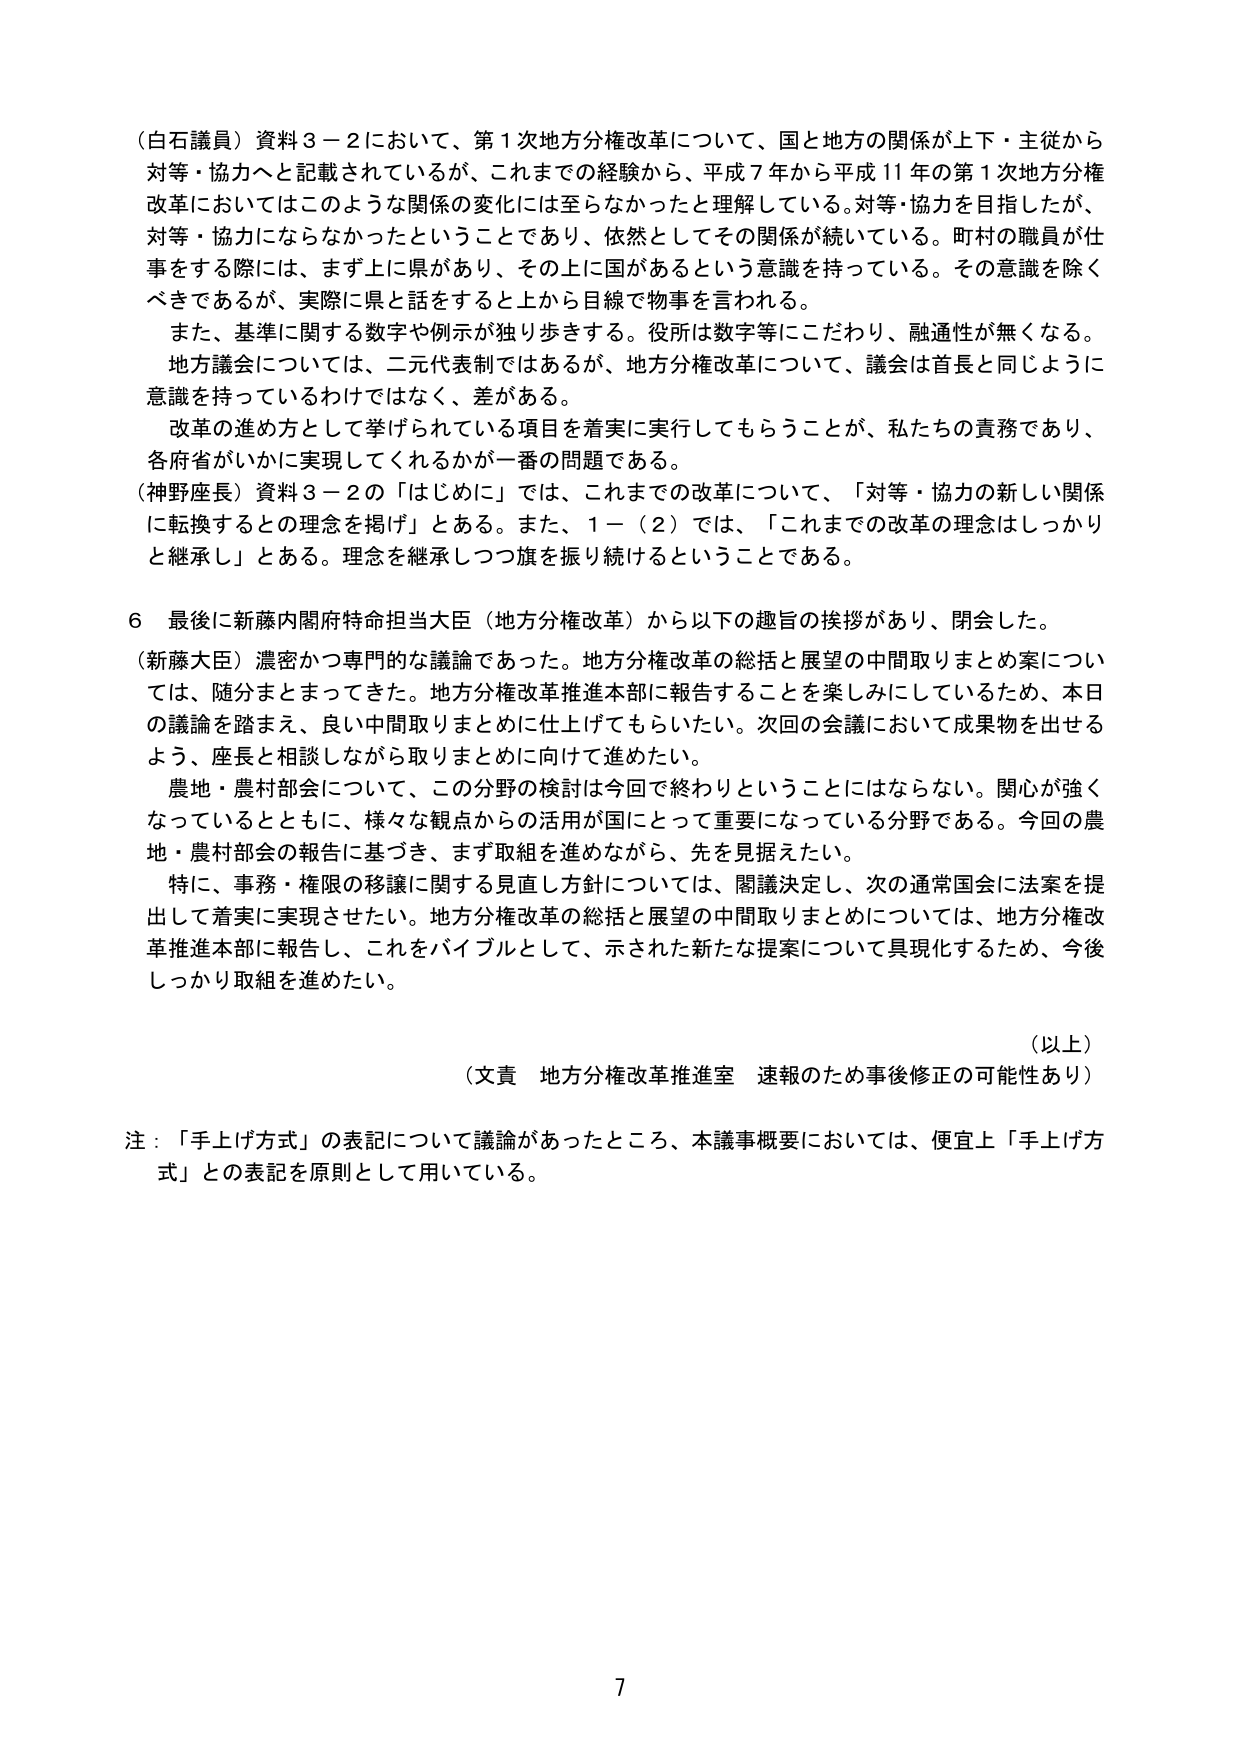
（白石議員）資料３－２において、第１次地方分権改革について、国と地方の関係が上下・主従から対等・協力へと記載されているが、これまでの経験から、平成７年から平成１１年の第１次地方分権改革においてはこのような関係の変化には至らなかったと理解している。対等・協力を目指したが、対等・協力にならなかったということであり、依然としてその関係が続いている。町村の職員が仕事をする際には、まず上に県があり、その上に国があるという意識を持っている。その意識を除くべきであるが、実際に県と話すると上から目線で物事を言われる。

また、基準に関する数字や例示が独り歩きする。役所は数字等にこだわり、融通性が無くなる。

地方議会については、二元代表制ではあるが、地方分権改革について、議会は首長と同じように意識を持っているわけではなく、差がある。

改革の進め方として挙げられている項目を着実に実行してもらうことが、私たちの責務であり、各府省がいかに実現してくれるかが一番の問題である。

（神野座長）資料３－２の「はじめに」では、これまでの改革について、「対等・協力の新しい関係に転換するとの理念を掲げ」とある。また、１－（２）では、「これまでの改革の理念はしっかりと継承し」とある。理念を継承しつつ旗を振り続けるということである。

６ 最後に新藤内閣府特命担当大臣（地方分権改革）から以下の趣旨の挨拶があり、閉会した。

（新藤大臣）濃密かつ専門的な議論であった。地方分権改革の総括と展望の中間取りまとめ案については、随分まとまってきた。地方分権改革推進本部に報告することを楽しみにしているため、本日の議論を踏まえ、良い中間取りまとめに仕上げてもらいたい。次回の会議において成果物を出せるよう、座長と相談しながら取りまとめに向けて進めたい。

農地・農村部会について、この分野の検討は今回で終わりということにはならない。関心が強くなっているとともに、様々な観点からの活用が国にとって重要になっている分野である。今回の農地・農村部会の報告に基づき、まず取組を進めながら、先を見据えたい。

特に、事務・権限の移譲に関する見直し方針については、閣議決定し、次の通常国会に法案を提出して着実に実現させたい。地方分権改革の総括と展望の中間取りまとめについては、地方分権改革推進本部に報告し、これをバイブルとして、示された新たな提案について具現化するため、今後しっかり取組を進めたい。

（以上）

（文責 地方分権改革推進室 速報のため事後修正の可能性あり）

注：「手上げ方式」の表記について議論があったところ、本議事概要においては、便宜上「手上げ方式」との表記を原則として用いている。

7